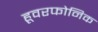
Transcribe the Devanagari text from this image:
हूवरफोनिक